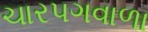
ચારપગવાળા